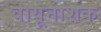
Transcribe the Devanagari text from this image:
वायूनाशक